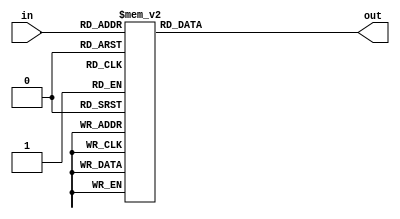
module display7seg (in, out);
	input [3:0] in;
	output reg [6:0] out;

	always @ (in) //switch case da entrada in para definir quais segmentos estarao acesos (em 0) no display hex0
		begin
			case (in)
				4'b0000: out = 7'b0000001;
				4'b0001: out = 7'b1001111;
				4'b0010: out = 7'b0010010;
				4'b0011: out = 7'b0000110;
				4'b0100: out = 7'b1001100;
				4'b0101: out = 7'b0100100;
				4'b0110: out = 7'b0100000;
				4'b0111: out = 7'b0001111;
				4'b1000: out = 7'b0000000;
				4'b1001: out = 7'b0000100;
				4'b1010: out = 7'b0001000;
				4'b1011: out = 7'b1100000;
				4'b1100: out = 7'b1110010;
				4'b1101: out = 7'b1000010;
				4'b1110: out = 7'b0110000;
				4'b1111: out = 7'b0111000;
			endcase
		end
endmodule
module SeteSeg(SW,HEX0);
	input [17:0] SW;
	output [0:6] HEX0;
	
	display7seg visor (SW,HEX0);
endmodule